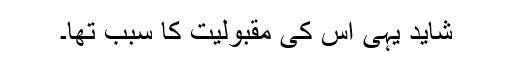
شاید یہی اس کی مقبولیت کا سبب تھا۔